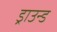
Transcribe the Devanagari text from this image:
ड्राउन्ड